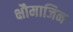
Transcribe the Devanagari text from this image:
क्षौमाजिन